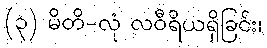
(၃) မိတိ-လုံ လဝီရိယရှိခြင်း၊